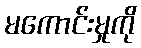
မကောင်းမှုကို